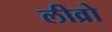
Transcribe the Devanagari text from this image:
लीव्रो